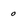
Character: o